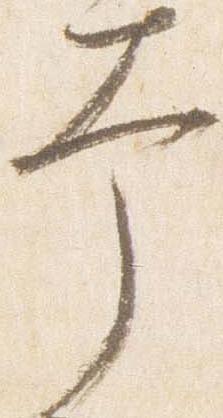
幸